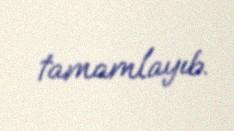
tamamlayıb.